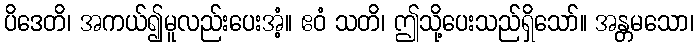
ပိဒေတိ၊ အကယ်၍မူလည်းပေးအံ့။ ဧဝံ သတိ၊ ဤသို့ပေးသည်ရှိသော်။ အန္တမသော၊